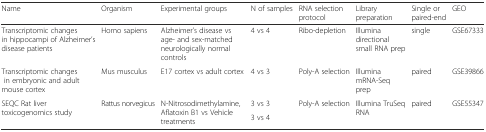
| Name | Organism | Experimental groups | N of samples | RNA selection protocol | Library preparation | Single or paired-end | GEO |
 | --- | --- | --- | --- | --- | --- | --- | --- |
 | Transcriptomic changes in hippocampi of Alzheimer’s disease patients | Homo sapiens | Alzheimer’s disease vs age- and sex-matched neurologically normal controls | 4 vs 4 | Ribo-depletion | Illumina directional small RNA prep | single | GSE67333 |
 | Transcriptomic changes in embryonic and adult mouse cortex | Mus musculus | E17 cortex vs adult cortex | 4 vs 3 | Poly-A selection | Illumina mRNA-Seq prep | paired | GSE39866 |
 | <ROWSPAN=2> SEQC Rat liver toxicogenomics study | <ROWSPAN=2> Rattus norvegicus | <ROWSPAN=2> N-Nitrosodimethylamine, Aflatoxin B1 vs Vehicle treatments | 3 vs 3 | <ROWSPAN=2> Poly-A selection | <ROWSPAN=2> Illumina TruSeq RNA | <ROWSPAN=2> paired | <ROWSPAN=2> GSE55347 |
 | 3 vs 4 |